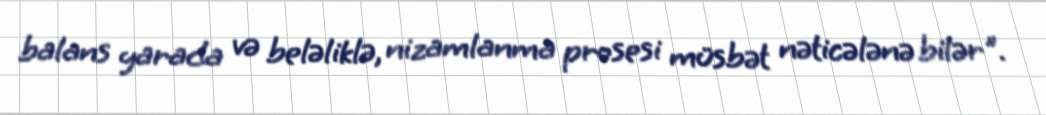
balans yarada və beləliklə, nizamlanma prosesi müsbət nəticələnə bilər".